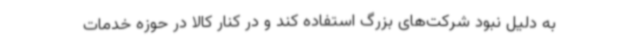
به دلیل نبود شرکت‌های بزرگ استفاده کند و در کنار کالا در حوزه خدمات